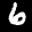
Label: 6